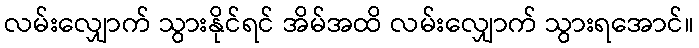
လမ်းလျှောက် သွားနိုင်ရင် အိမ်အထိ လမ်းလျှောက် သွားရအောင်။